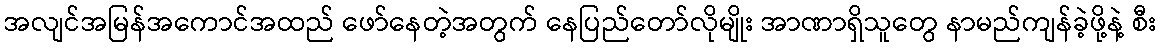
အလျင်အမြန်အကောင်အထည် ဖော်နေတဲ့အတွက် နေပြည်တော်လိုမျိုး အာဏာရှိသူတွေ နာမည်ကျန်ခဲ့ဖို့နဲ့ စီး